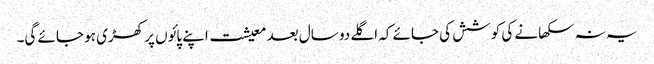
یہ نہ سکھانے کی کوشش کی جائے کہ اگلے دو سال بعد معیشت اپنے پائوں پر کھڑی ہو جائے گی۔